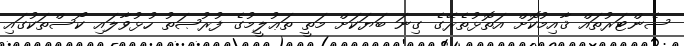
ސެންޓަރުތައް ޤާއިމުކޮށް އަތޮޅުތެރޭގެ ގިނަ ބަޔަކަށް މަތީ ތަޢުލީމުގެ ފުރުޞަތު ހުޅުވާލައި ކޯސްތަކުގައި